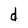
Character: d